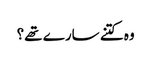
وہ کتنے سارے تھے؟